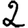
Digit: 2